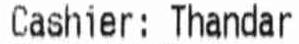
CASHIER: THANDAR